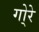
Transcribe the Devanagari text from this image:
गो्रे